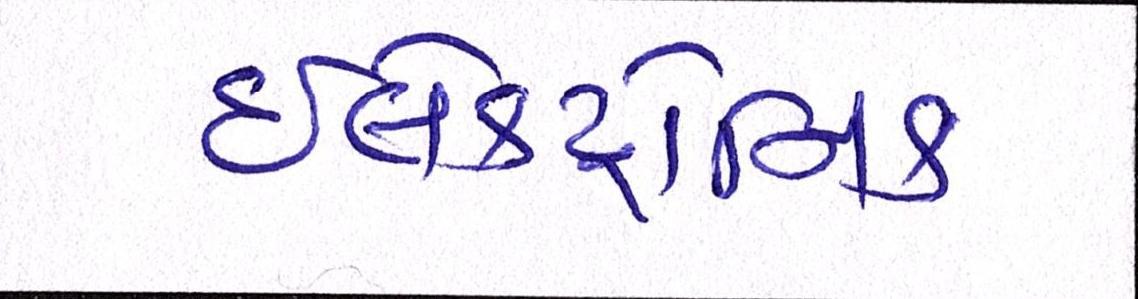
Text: ઇલેક્ટ્રોનિક